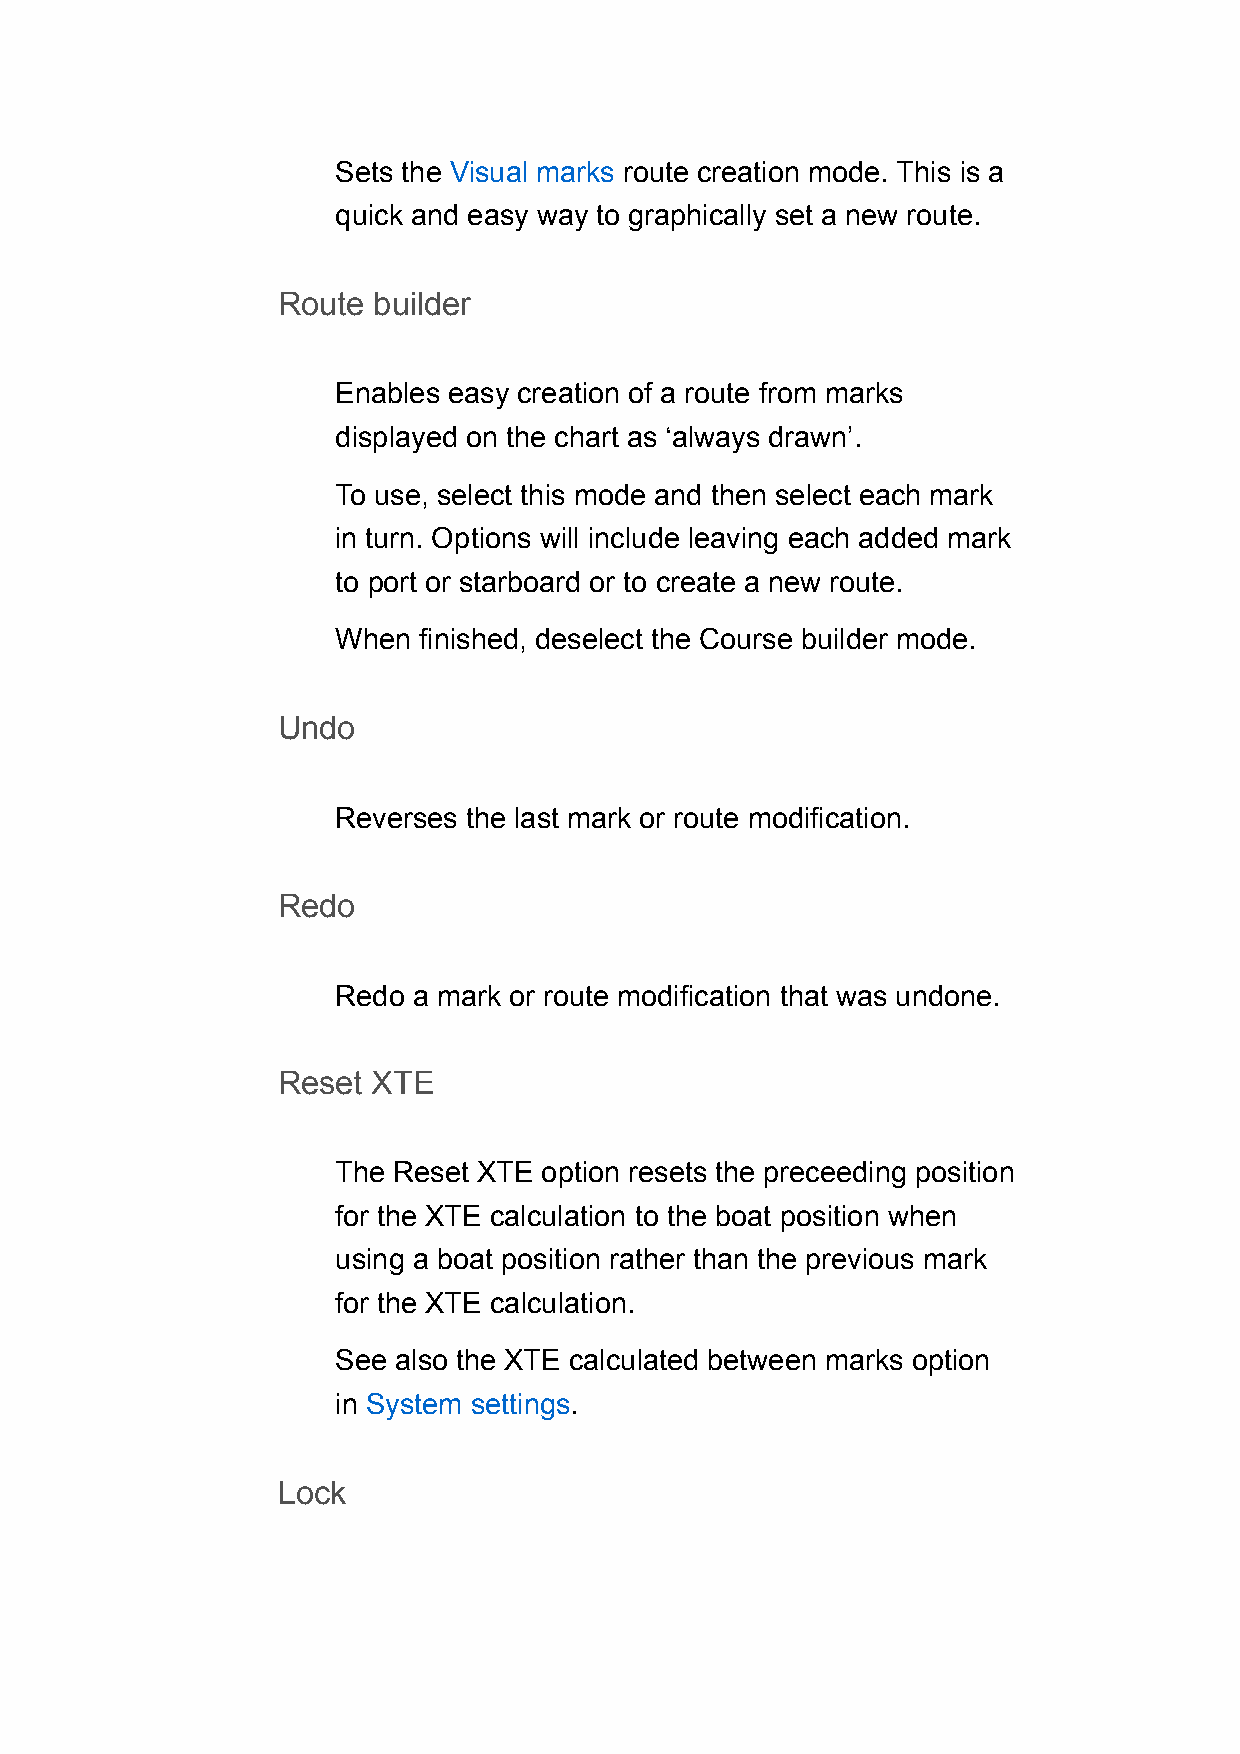
Sets the Visual marks route creation mode. This is a
 quick and easy way to graphically set a new route.
 Route  builder
 Enables easy creation of a route from marks
 displayed on the chart as ‘always drawn’.
 To use, select this mode and then select each mark
 in turn. Options will include leaving each added mark
 to port or starboard or to create a new route.
 When  finished, deselect the Course builder mode.
 Undo
 Reverses the last mark or route modification.
 Redo
 Redo a mark or route modification that was undone.
 Reset  XTE
 The Reset XTE option resets the preceeding position
 for the XTE calculation to the boat position when
 using a boat position rather than the previous mark
 for the XTE calculation.
 See also the XTE calculated between marks option
 in System settings.
 Lock